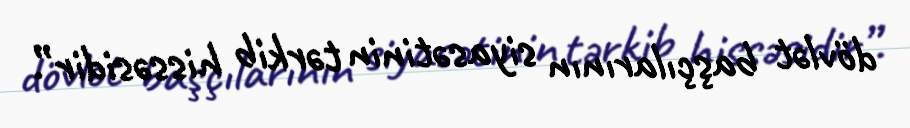
dövlət başçılarının siyasətinin tərkib hissəsidir”.